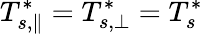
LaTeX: T_{s,\| }^{*}=T_{s,\perp}^{*}=T_{s}^{*}